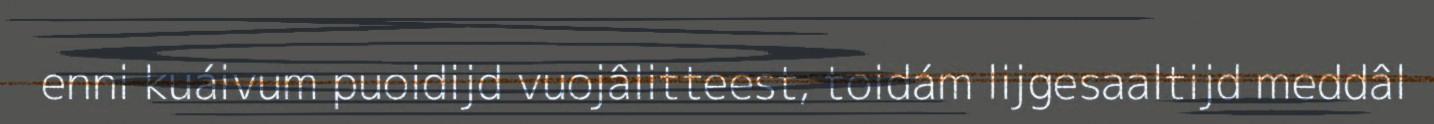
enni kuáivum puoidijd vuojâlitteest, toidám lijgesaaltijd meddâl